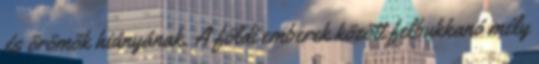
és örömök hiányának. A földi emberek között felbukkanó mély